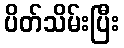
ပိတ်သိမ်းပြီး